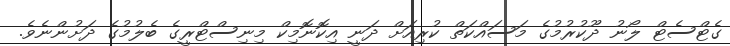
ގެޓްސެޓް ލޯނު ދޫކުރުމުގެ މަސައްކަތް ކުރިއަށް ދަނީ އިކޮނޮމިކް މިނިސްޓްރީގެ ބެލުމުގެ ދަށުންނެވެ.